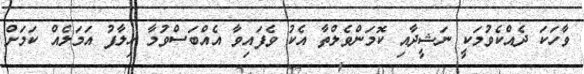
ވާހަކަ ދެއްކެވުމަކީ ނަޝީދާއި ކޮމަންވެލްތާ އެކު ވެފައިވާ އެއްބަސްވުމާ ހިލާފު އަމަލެއް ކަމަށް